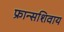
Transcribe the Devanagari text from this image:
फ्रान्सशिवाय